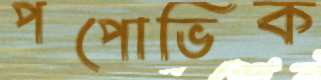
পপোভিক